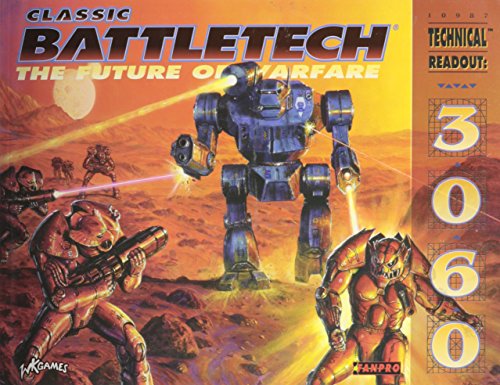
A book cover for Classic Battletech: Technical Readout 3060 (FPR10987); FanPro; Science Fiction & Fantasy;